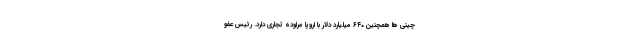
چینی ها همچنین ۶۴۰ میلیارد دلار با اروپا مراوده تجاری دارد. رئیس عفو